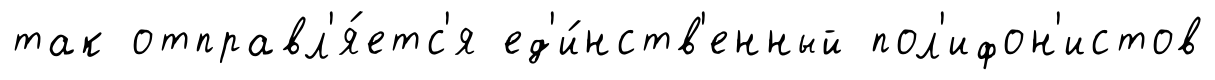
так отправл'я́етс'я ед'и́нств'енный пол'ифон'истов